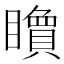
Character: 𥌔